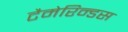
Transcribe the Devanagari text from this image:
टैमेरिन्डस